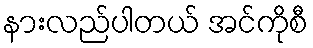
နားလည်ပါတယ် အင်ကိုစီ